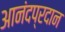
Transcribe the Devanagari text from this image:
आनंदप्रदान